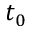
t _ { 0 }